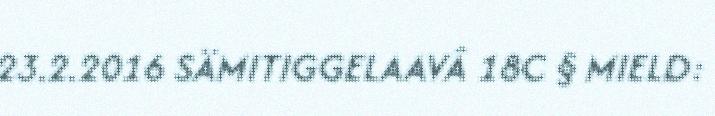
23.2.2016 SÄMITIGGELAAVÂ 18C § MIELD: